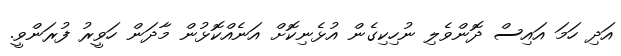
އަދި ހަމަ އައިސް ދޮންވެލި ނުހިކިގެން އުޅެނިކޮށް އަނެއްކޮޅުން މާދަން ހަވީރު ފުރަންވީ.